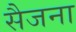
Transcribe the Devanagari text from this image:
सैजना